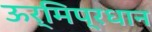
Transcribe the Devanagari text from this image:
ऊर्मिप्रधान